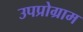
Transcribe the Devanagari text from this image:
उपप्रोग्राम